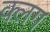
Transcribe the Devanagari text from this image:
क्लग